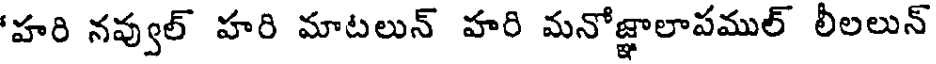
'హరి నవ్వుల్ హరి మాటలున్ హరి మనోజ్ఞాలాపముల్ లీలలున్